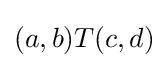
(a,b)T(c,d)